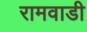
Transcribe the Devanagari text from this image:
रामवाडी